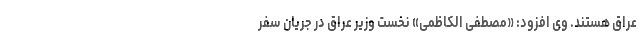
عراق هستند. وی افزود: «مصطفی الکاظمی» نخست وزیر عراق در جریان سفر